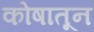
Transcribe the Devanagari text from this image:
कोषातून